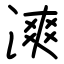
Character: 漺